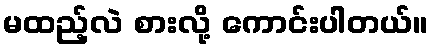
မထည့်လဲ စားလို့ ကောင်းပါတယ်။